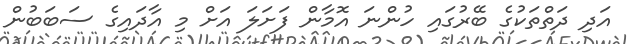
އަދި ދަތްތަކުގެ ބޭރުގައި ހުންނަ އޮމާން ފަށަލަ އަށް މި އާދައިގެ ސަބަބުން